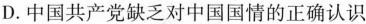
D.中国共产党缺乏对中国国情的正确认识